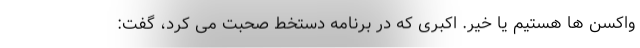
واکسن ها هستیم یا خیر. اکبری که در برنامه دستخط صحبت می کرد، گفت: